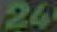
24